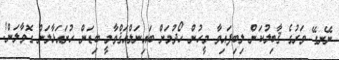
ނޭނގޭ ވަރުގެ ޤާބިލުކަން ލިބިފައިވާ މީހުން ހޯދުމަށް ބައިނަލްއަޤްވާމީ ބިޑަން ހުށައަޅާލަން ގޮވާލަން!